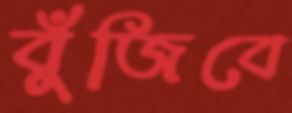
বুঁজিবে